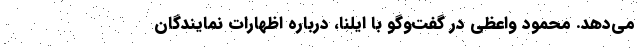
می‌دهد. محمود واعظی در گفت‌وگو با ایلنا، درباره اظهارات نمایندگان